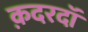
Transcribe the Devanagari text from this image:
क़दरदाॅ